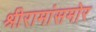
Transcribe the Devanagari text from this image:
श्रीरामांसमोर